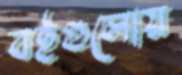
বইগুলোয়